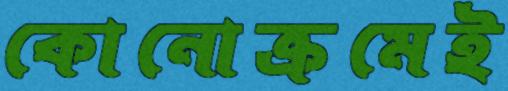
কোনোক্রমেই